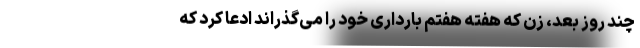
چند روز بعد، زن که هفته هفتم بارداری خود را می‌گذراند ادعا کرد که